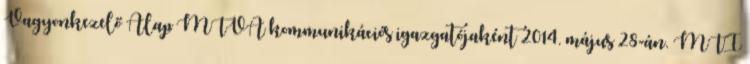
Vagyonkezelő Alap MTVA kommunikációs igazgatójaként 2014. május 28-án. MTI